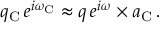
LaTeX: q _ { \mathrm { C } } \, e ^ { i \omega _ { \mathrm { C } } } \approx q \, e ^ { i \omega } \times a _ { \mathrm { C } } \, .